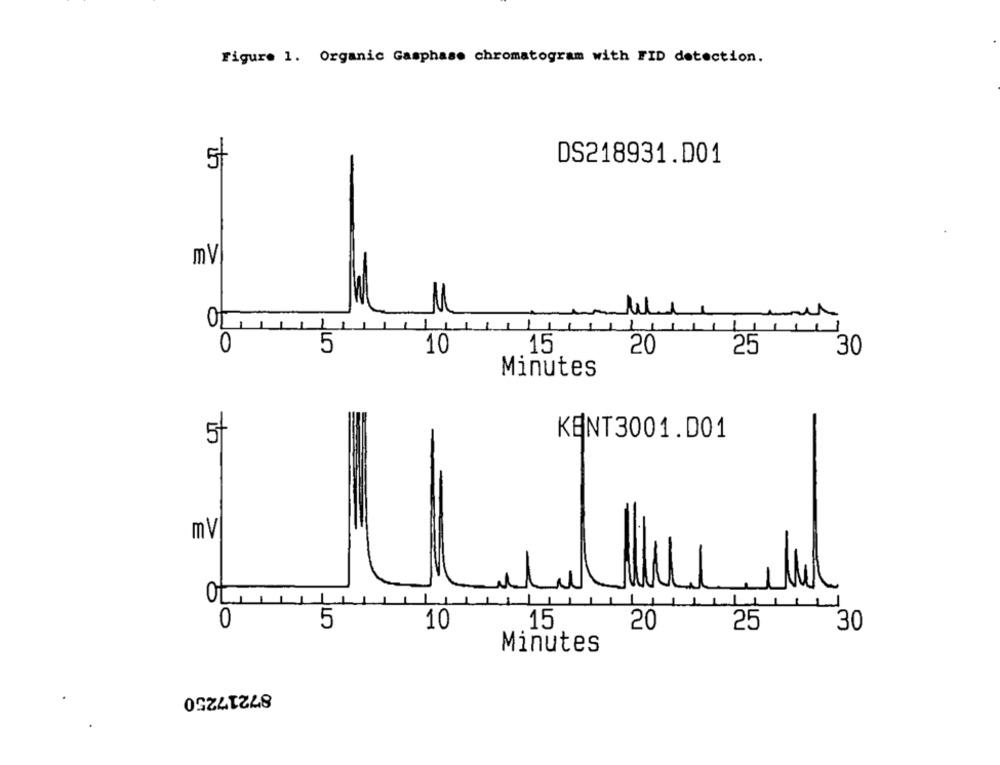
Figure 1. Organic Gasphase chromatogram with FID detection.
DS218931.D01
5/
mV
1
1
5
10
15
20
25
30
Minutes
KENT3001.D01
5
mv
ot
0
5
10
15
20
25
30
Minutes
87217250